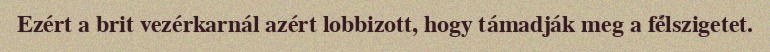
Ezért a brit vezérkarnál azért lobbizott, hogy támadják meg a félszigetet.